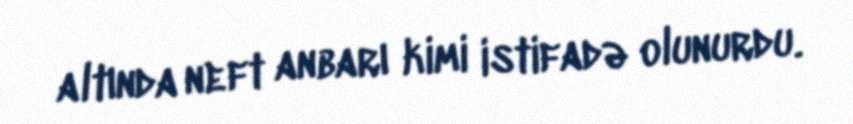
altında neft anbarı kimi istifadə olunurdu.